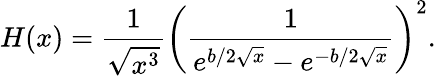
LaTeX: H(x)=\frac{1}{\sqrt{x^{3}}}\left(\frac{1}{e^{b/2\sqrt{x}}-e^{-b/2\sqrt{x}}}\right)^{2}.